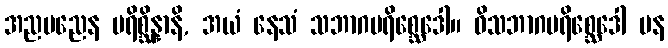
အညမညေန ပရိစ္ဆိန္နာနိ, အယံ နေသံ သဘာဂပရိစ္ဆေဒေါ။ ဝိသဘာဂပရိစ္ဆေဒေါ ပန